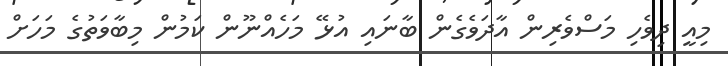
މިއީ ދިވެހި މަސްވެރިން އާދަވެގެން ބާނައި އުޅޭ މަހެއްނޫން ކަމުން މިބާވަތުގެ މަަހަށް